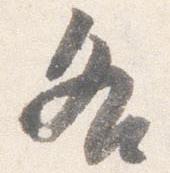
各